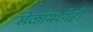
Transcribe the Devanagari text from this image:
खेळांमध्येही